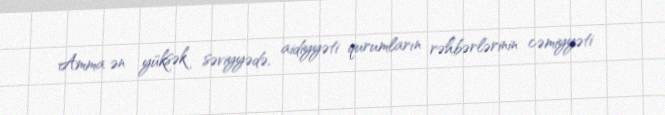
Amma ən yüksək səviyyədə, aidiyyəti qurumların rəhbərlərinin cəmiyyəti